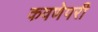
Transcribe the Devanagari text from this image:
कवणेपरी